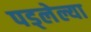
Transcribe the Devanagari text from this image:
पड्लेल्या